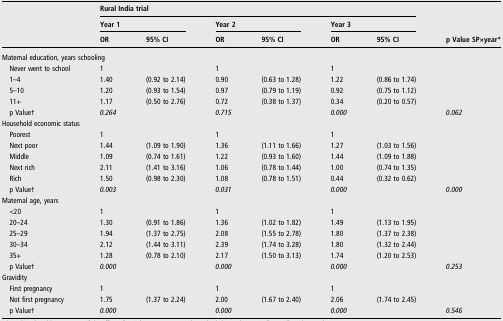
<table><thead><tr><td><b> </b></td><td colspan="6"><b>Rural India trial</b></td><td></td></tr><tr><td></td><td colspan="2"><b>Year 1</b></td><td colspan="2"><b>Year 2</b></td><td colspan="2"><b>Year 3</b></td><td></td></tr><tr><td></td><td><b>OR</b></td><td><b>95% CI</b></td><td><b>OR</b></td><td><b>95% CI</b></td><td><b>OR</b></td><td><b>95% CI</b></td><td><b>p Value SP×year*</b></td></tr></thead><tbody><tr><td colspan="8">Maternal education, years schooling</td></tr><tr><td> Never went to school</td><td>1</td><td></td><td>1</td><td></td><td>1</td><td></td><td></td></tr><tr><td> 1–4</td><td>1.40</td><td>(0.92 to 2.14)</td><td>0.90</td><td>(0.63 to 1.28)</td><td>1.22</td><td>(0.86 to 1.74)</td><td></td></tr><tr><td> 5–10</td><td>1.20</td><td>(0.93 to 1.54)</td><td>0.97</td><td>(0.79 to 1.19)</td><td>0.92</td><td>(0.75 to 1.12)</td><td></td></tr><tr><td> 11+</td><td>1.17</td><td>(0.50 to 2.76)</td><td>0.72</td><td>(0.38 to 1.37)</td><td>0.34</td><td>(0.20 to 0.57)</td><td></td></tr><tr><td> p Value†</td><td><i>0.264</i></td><td></td><td><i>0.715</i></td><td></td><td><i>0.000</i></td><td></td><td><i>0.062</i></td></tr><tr><td colspan="8">Household economic status</td></tr><tr><td> Poorest</td><td>1</td><td></td><td>1</td><td></td><td>1</td><td></td><td></td></tr><tr><td> Next poor</td><td>1.44</td><td>(1.09 to 1.90)</td><td>1.36</td><td>(1.11 to 1.66)</td><td>1.27</td><td>(1.03 to 1.56)</td><td></td></tr><tr><td> Middle</td><td>1.09</td><td>(0.74 to 1.61)</td><td>1.22</td><td>(0.93 to 1.60)</td><td>1.44</td><td>(1.09 to 1.88)</td><td></td></tr><tr><td> Next rich</td><td>2.11</td><td>(1.41 to 3.16)</td><td>1.06</td><td>(0.78 to 1.44)</td><td>1.00</td><td>(0.74 to 1.35)</td><td></td></tr><tr><td> Rich</td><td>1.50</td><td>(0.98 to 2.30)</td><td>1.08</td><td>(0.78 to 1.51)</td><td>0.44</td><td>(0.32 to 0.62)</td><td></td></tr><tr><td> p Value†</td><td><i>0.003</i></td><td></td><td><i>0.031</i></td><td></td><td><i>0.000</i></td><td></td><td><i>0.000</i></td></tr><tr><td colspan="8">Maternal age, years</td></tr><tr><td> &lt;20</td><td>1</td><td></td><td>1</td><td></td><td>1</td><td></td><td></td></tr><tr><td> 20–24</td><td>1.30</td><td>(0.91 to 1.86)</td><td>1.36</td><td>(1.02 to 1.82)</td><td>1.49</td><td>(1.13 to 1.95)</td><td></td></tr><tr><td> 25–29</td><td>1.94</td><td>(1.37 to 2.75)</td><td>2.08</td><td>(1.55 to 2.78)</td><td>1.80</td><td>(1.37 to 2.38)</td><td></td></tr><tr><td> 30–34</td><td>2.12</td><td>(1.44 to 3.11)</td><td>2.39</td><td>(1.74 to 3.28)</td><td>1.80</td><td>(1.32 to 2.44)</td><td></td></tr><tr><td> 35+</td><td>1.28</td><td>(0.78 to 2.10)</td><td>2.17</td><td>(1.50 to 3.13)</td><td>1.74</td><td>(1.20 to 2.53)</td><td></td></tr><tr><td> p Value†</td><td><i>0.000</i></td><td></td><td><i>0.000</i></td><td></td><td><i>0.000</i></td><td></td><td><i>0.253</i></td></tr><tr><td colspan="8">Gravidity</td></tr><tr><td> First pregnancy</td><td>1</td><td></td><td>1</td><td></td><td>1</td><td></td><td></td></tr><tr><td> Not first pregnancy</td><td>1.75</td><td>(1.37 to 2.24)</td><td>2.00</td><td>(1.67 to 2.40)</td><td>2.06</td><td>(1.74 to 2.45)</td><td></td></tr><tr><td> p Value†</td><td><i>0.000</i></td><td></td><td><i>0.000</i></td><td></td><td><i>0.000</i></td><td></td><td><i>0.546</i></td></tr></tbody></table>